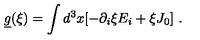
\underline { { g } } ( \xi ) = \int d ^ { 3 } x [ - \partial _ { i } \xi E _ { i } + \xi J _ { 0 } ] \ .